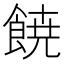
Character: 𩜙